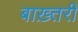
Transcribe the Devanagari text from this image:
बाख़्तरी